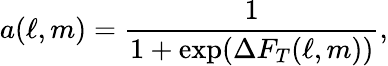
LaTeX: a(\ell,m)=\frac{1}{1+\exp(\Delta F_{T}(\ell,m))},